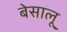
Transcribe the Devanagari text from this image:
बेसालू